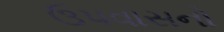
ઉપવાસનો